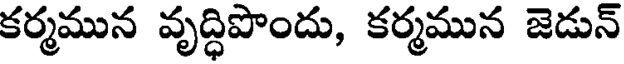
కర్మమున వృద్ధిపొందు, కర్మమున జెడున్